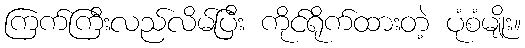
ကြက်ကြီးလည်လိမ်ပြီး ကိုင်ရိုက်ထားတဲ့ ပုံစံမျိုး။